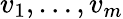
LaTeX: v_{1},\ldots,v_{m}